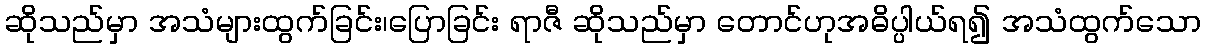
ဆိုသည်မှာ အသံများထွက်ခြင်း၊ပြောခြင်း ရာဇီ ဆိုသည်မှာ တောင်ဟုအဓိပ္ပါယ်ရ၍ အသံထွက်သော